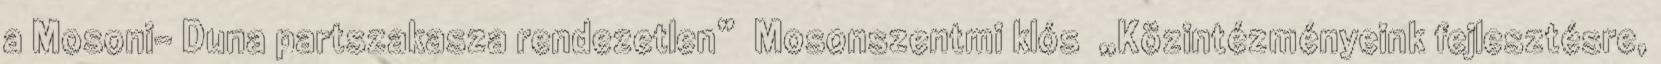
a Mosoni- Duna partszakasza rendezetlen” ▪Mosonszentmi klós ▪„Közintézményeink fejlesztésre,